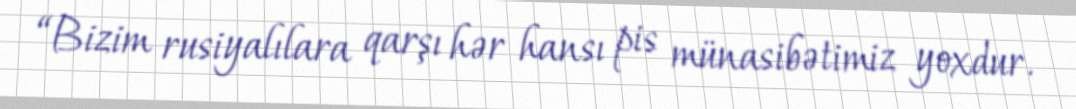
“Bizim rusiyalılara qarşı hər hansı pis münasibətimiz yoxdur.